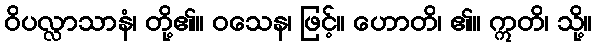
ဝိပလ္လာသာနံ၊ တို့၏။ ဝသေန၊ ဖြင့်။ ဟောတိ၊ ၏။ ဣတိ၊ သို့။